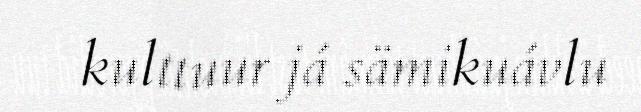
kulttuur já sämikuávlu